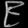
Digit: ၉